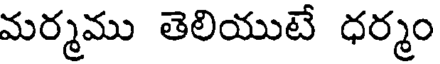
మర్మము తెలియుటే ధర్మం